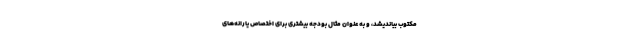
مکتوب بیاندیشد، و به عنوان مثال بودجه بیشتری برای اختصاص یارانه­‌های